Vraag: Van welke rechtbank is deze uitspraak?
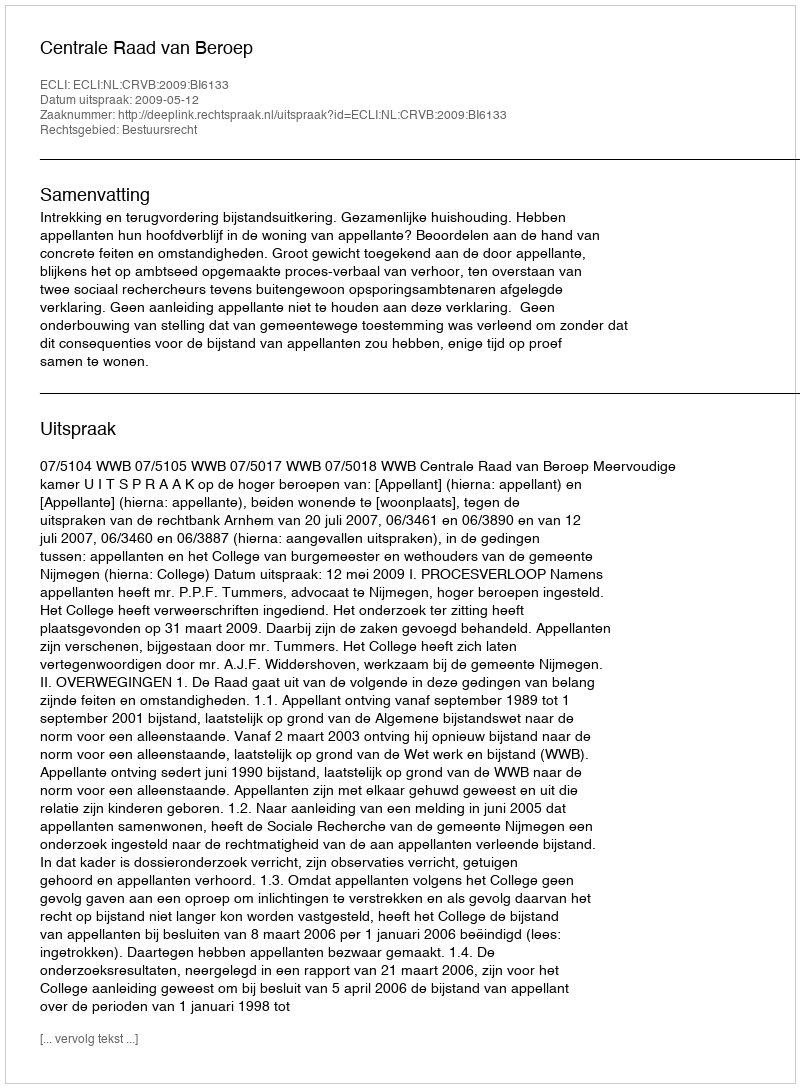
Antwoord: Centrale Raad van Beroep